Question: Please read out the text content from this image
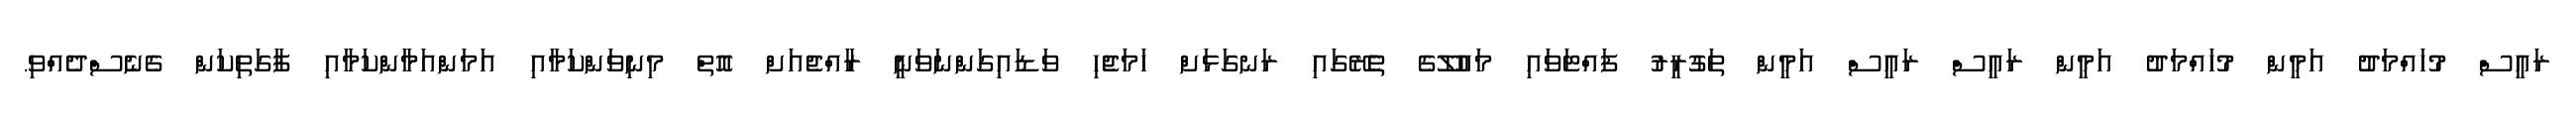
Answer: ރައީސް މުހައްމަދު އަމީން މުހައްމަދު އަމީން ރައީސް ރައީސް އަމީން ތަގުރީރު ފައްޓަވައި މައުލޫގެ ތެެރޭގައި ރަނގަޅަށް ހަމަޖެހި ވަޑައިގަންނަވަނީ ރާއްޖެއަށް އޮތް މިނިވަންކަމާއި އަމަންއަމާންކަމާއި ފާގަތިކަން ގެނެސްދެއްވި.